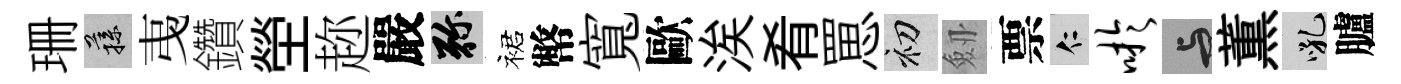
珊蓀𢎯鑽塋趂嚴弥裙幣寬歐涘肴罳初劔票仁吁与薫吼臚